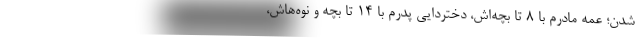
شدن؛ عمه مادرم با 8 تا بچه‌اش، دختردايي پدرم با 14 تا بچه و نوه‌هاش،